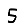
Digit: 5